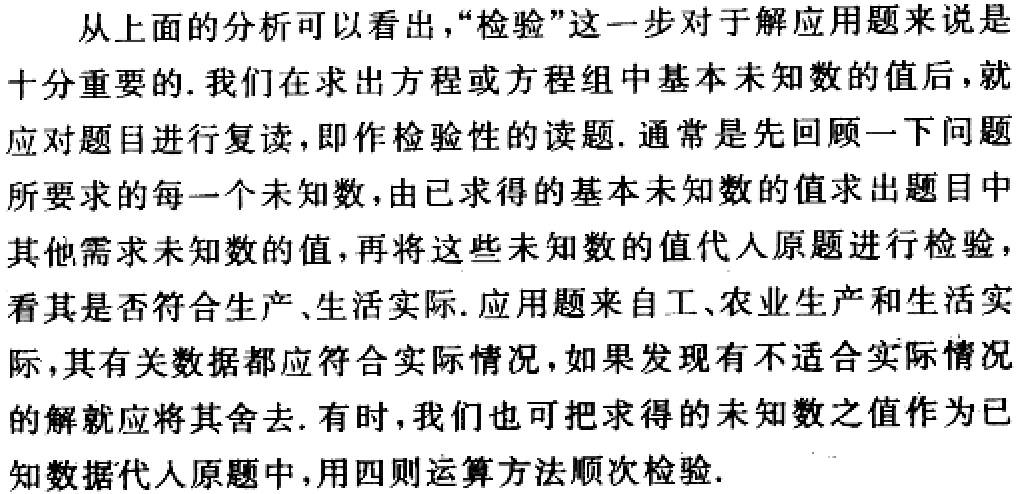
从上面的分析可以看出，“检验”这一步对于解应用题来说是

十分重要的. 我们在求出方程或方程组中基本未知数的值后，就

应对题目进行复读，即作检验性的读题. 通常是先回顾一下问题

所要求的每一个未知数，由已求得的基本未知数的值求出题目中

其他需求未知数的值，再将这些未知数的值代人原题进行检验，

看其是否符合生产、生活实际. 应用题来自工、农业生产和生活实

际，其有关数据都应符合实际情况，如果发现有不适合实际情况

的解就应将其舍去. 有时，我们也可把求得的未知数之值作为已

知数据代人原题中，用四则运算方法顺次检验.